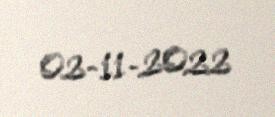
02-11-2022